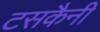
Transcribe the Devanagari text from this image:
टसकैनी